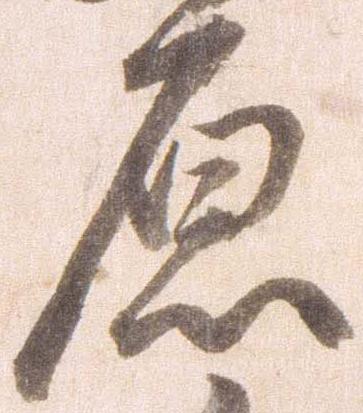
原